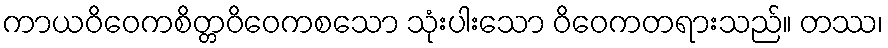
ကာယဝိဝေကစိတ္တဝိဝေကစသော သုံးပါးသော ဝိဝေကတရားသည်။ တဿ၊